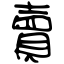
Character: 賣